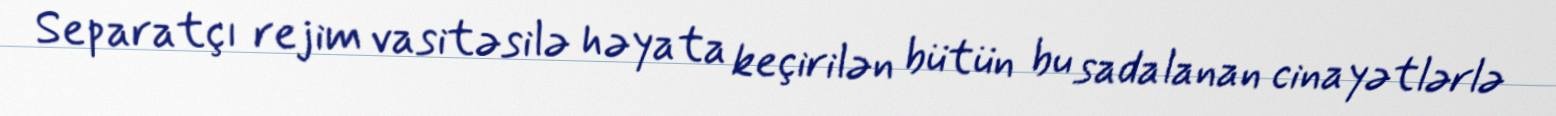
Separatçı rejim vasitəsilə həyata keçirilən bütün bu sadalanan cinayətlərlə